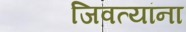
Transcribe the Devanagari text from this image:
जिवत्यांना